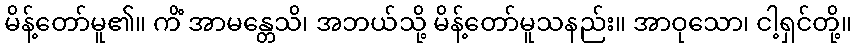
မိန့်တော်မူ၏။ ကိံ အာမန္တေသိ၊ အဘယ်သို့ မိန့်တော်မူသနည်း။ အာဝုသော၊ ငါ့ရှင်တို့။